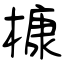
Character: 槺